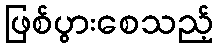
ဖြစ်ပွားစေသည့်